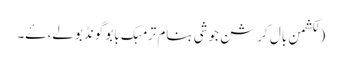
(لکشمن بال کرِشن جوشی بنام ترِمبک بابو گونڈبولے، ۓ۔